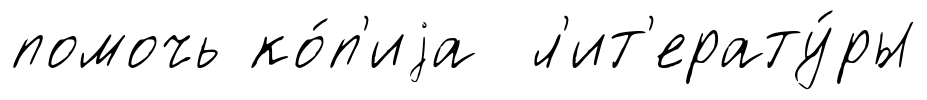
помочь ко́п'иjа л'ит'ерату́ры